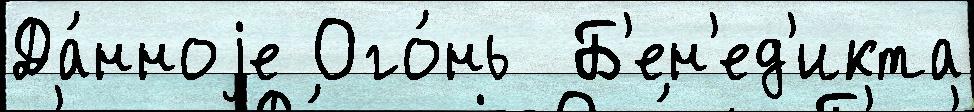
Да́нноjе Ого́нь  Б'ен'ед'икта